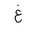
Letter: _gayn